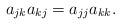
LaTeX: \begin{align*}a_{jk}a_{kj}=a_{jj}a_{kk}. \end{align*}